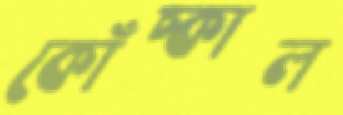
কোঁচ্‌কাল